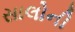
સાલોની